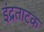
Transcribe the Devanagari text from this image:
इंद्रताटक